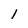
Character: l